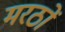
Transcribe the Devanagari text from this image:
मरठों